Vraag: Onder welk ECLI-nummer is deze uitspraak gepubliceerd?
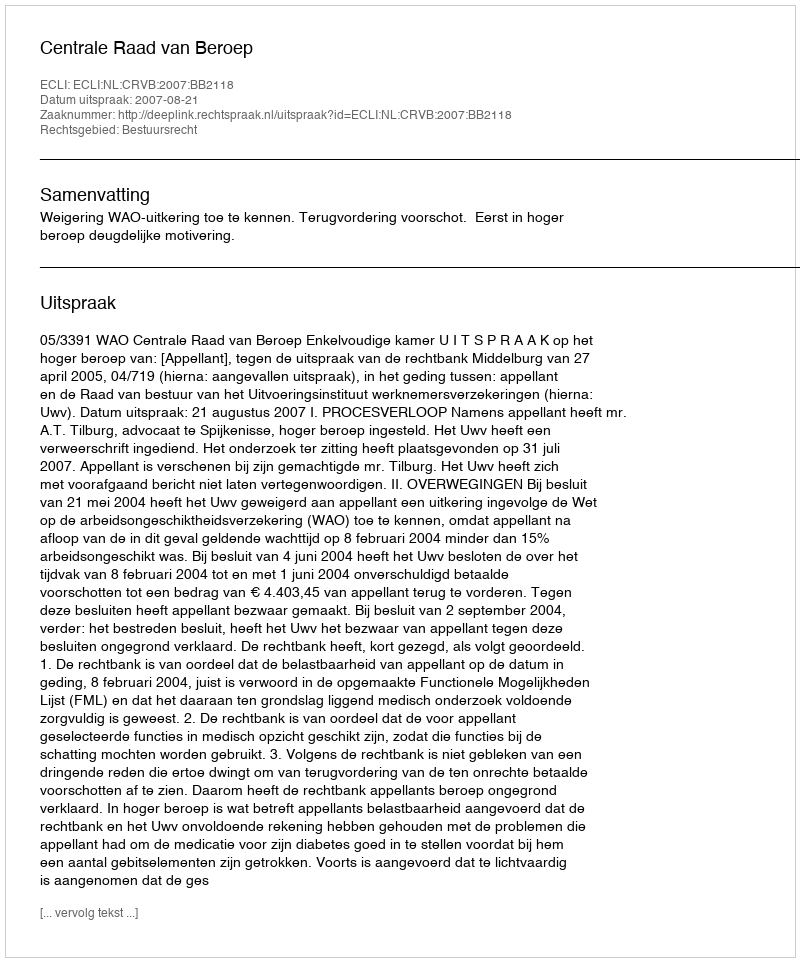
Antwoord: ECLI:NL:CRVB:2007:BB2118